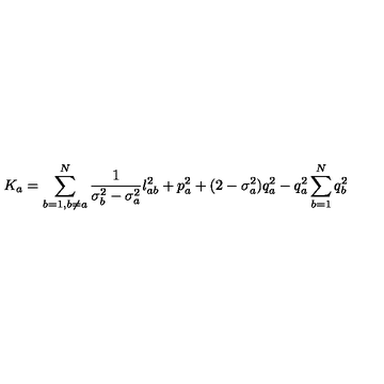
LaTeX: K _ { a } = \sum _ { b = 1 , b \neq a } ^ { N } \frac { 1 } { \sigma _ { b } ^ { 2 } - \sigma _ { a } ^ { 2 } } l _ { a b } ^ { 2 } + p _ { a } ^ { 2 } + ( 2 - \sigma _ { a } ^ { 2 } ) q _ { a } ^ { 2 } - q _ { a } ^ { 2 } \sum _ { b = 1 } ^ { N } q _ { b } ^ { 2 }